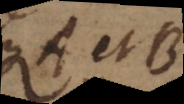
et B